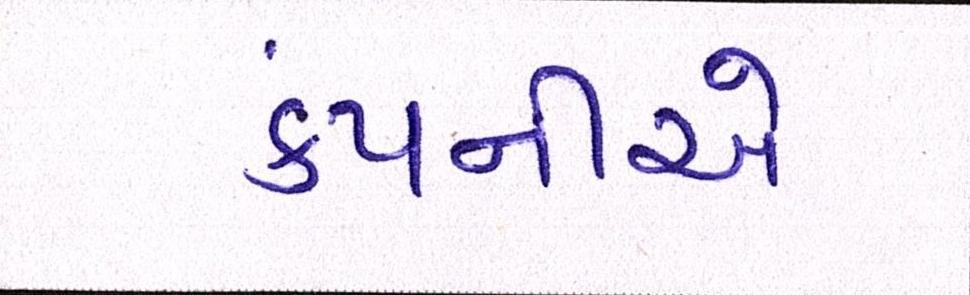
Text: કંપનીએ